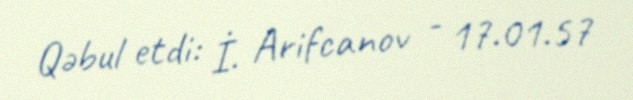
Qəbul etdi: İ. Arifcanov - 17.01.57